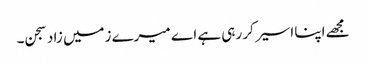
مجھے اپنا اسیر کر رہی ہے اے میرے زمیں زاد سجن۔